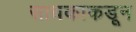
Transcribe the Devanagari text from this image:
साधकाकडून